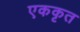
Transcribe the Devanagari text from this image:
एककृत